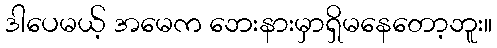
ဒါပေမယ့် အမေက ဘေးနားမှာရှိမနေတော့ဘူး။